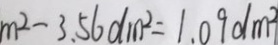
m ^ { 2 } - 3 . 5 6 d m ^ { 2 } = 1 . 0 9 d m ^ { 2 }